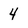
Character: 4